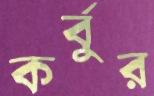
কর্বুর